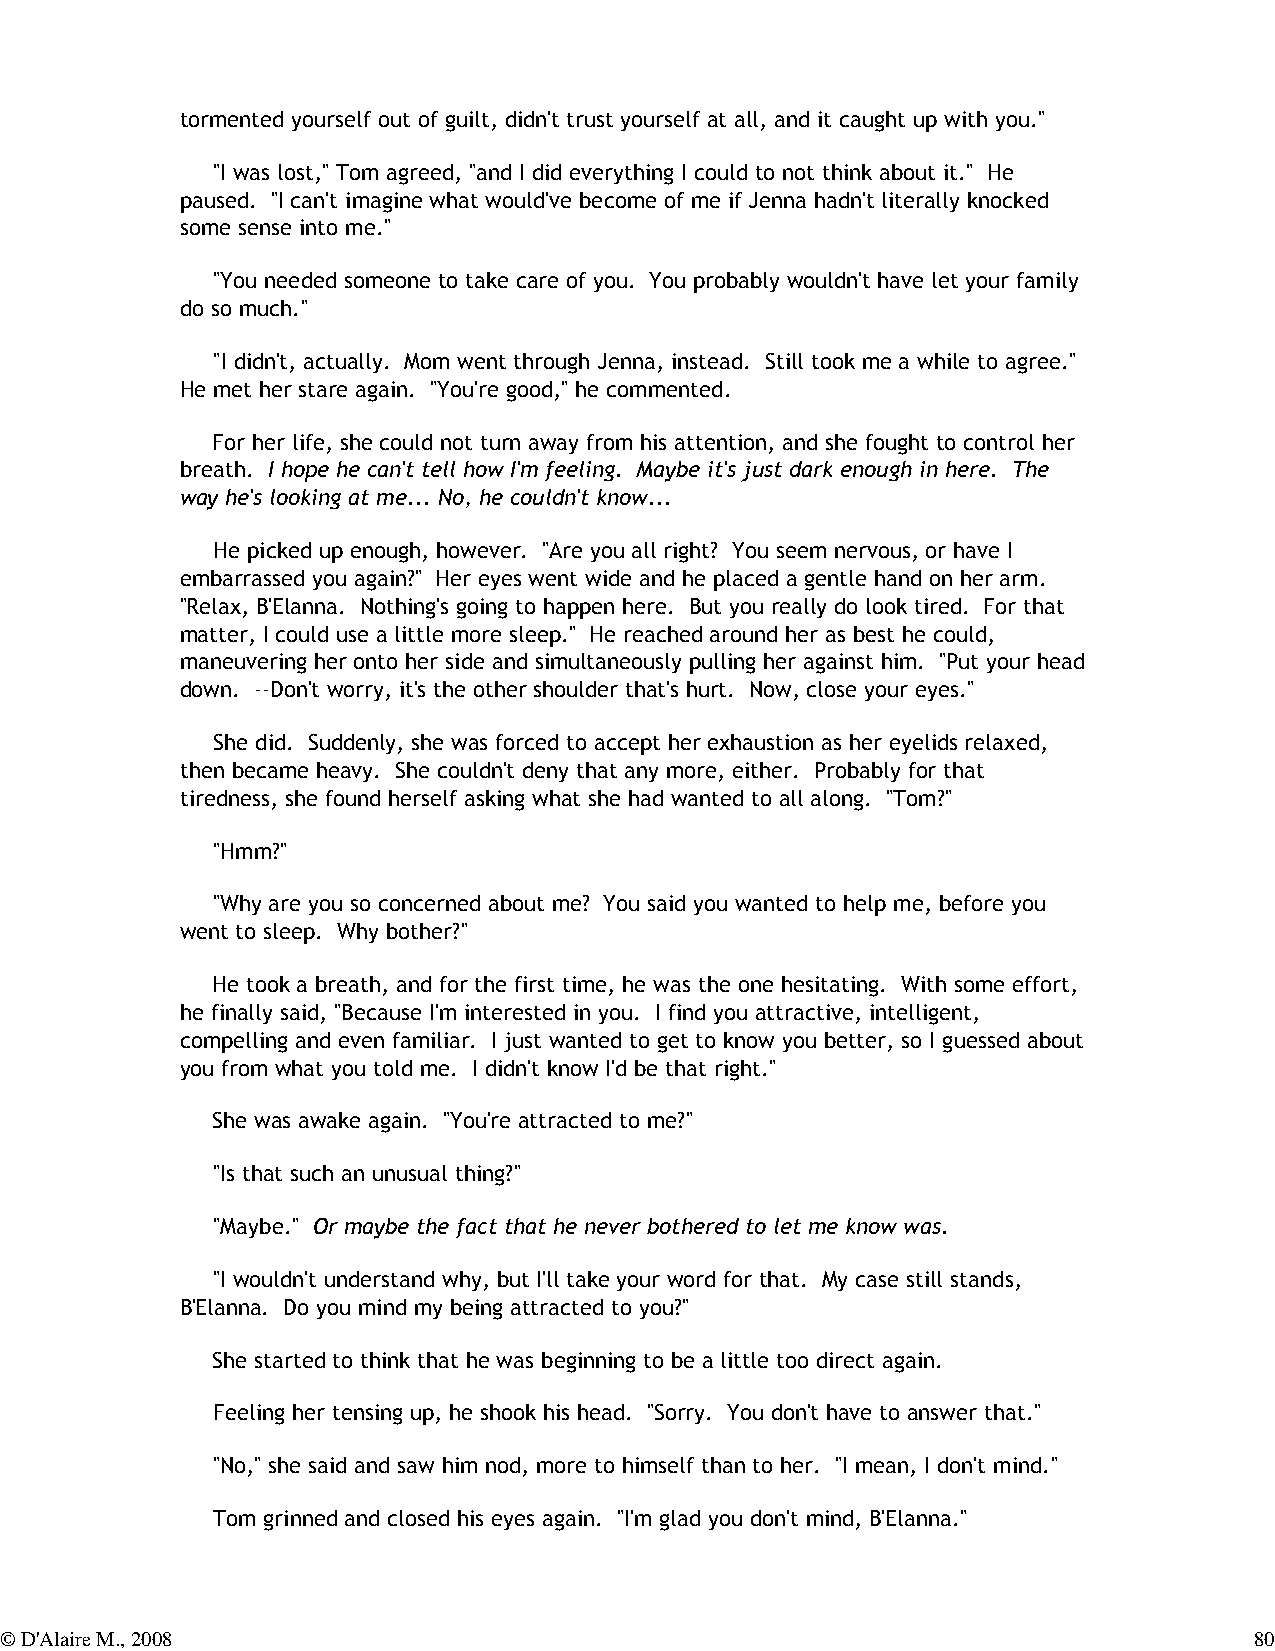
tormented yourself out of guilt, didn't trust yourself at all, and it caught up with you."
 "I was lost," Tom agreed, "and I did everything I could to not think about it." He
 paused. "I can't imagine what would've become of me if Jenna hadn't literally knocked
 some sense into me."
 "You needed someone to take care of you. You probably wouldn't have let your family
 do so much."
 "I didn't, actually. Mom went through Jenna, instead. Still took me a while to agree."
 He met her stare again. "You're good," he commented.
 For her life, she could not turn away from his attention, and she fought to control her
 breath. I hope he can't tell how I'm feeling. Maybe it's just dark enough in here. The
 way he's looking at me... No, he couldn't know...
 He picked up enough, however. "Are you all right? You seem nervous, or have I
 embarrassed you again?" Her eyes went wide and he placed a gentle hand on her arm.
 "Relax, B'Elanna. Nothing's going to happen here. But you really do look tired. For that
 matter, I could use a little more sleep." He reached around her as best he could,
 maneuvering her onto her side and simultaneously pulling her against him. "Put your head
 down. --Don't worry, it's the other shoulder that's hurt. Now, close your eyes."
 She did. Suddenly, she was forced to accept her exhaustion as her eyelids relaxed,
 then became heavy. She couldn't deny that any more, either. Probably for that
 tiredness, she found herself asking what she had wanted to all along. "Tom?"
 "Hmm?"
 "Why are you so concerned about me? You said you wanted to help me, before you
 went to sleep. Why bother?"
 He took a breath, and for the first time, he was the one hesitating. With some effort,
 he finally said, "Because I'm interested in you. I find you attractive, intelligent,
 compelling and even familiar. I just wanted to get to know you better, so I guessed about
 you from what you told me. I didn't know I'd be that right."
 She was awake again. "You're attracted to me?"
 "Is that such an unusual thing?"
 "Maybe." Or maybe the fact that he never bothered to let me know was.
 "I wouldn't understand why, but I'll take your word for that. My case still stands,
 B'Elanna. Do you mind my being attracted to you?"
 She started to think that he was beginning to be a little too direct again.
 Feeling her tensing up, he shook his head. "Sorry. You don't have to answer that."
 "No," she said and saw him nod, more to himself than to her. "I mean, I don't mind."
 Tom grinned and closed his eyes again. "I'm glad you don't mind, B'Elanna."
 © D'Alaire M., 2008                                                                80